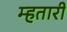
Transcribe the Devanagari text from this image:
म्हतारी